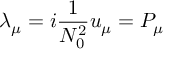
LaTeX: \lambda _ { \mu } = i \frac { 1 } { N _ { 0 } ^ { 2 } } u _ { \mu } = P _ { \mu }